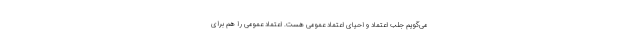
می‌گویم جلب اعتماد و احیای اعتماد عمومی هست. اعتماد عمومی را هم برای